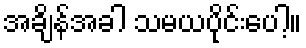
အချိန်အခါ သမယပိုင်းပေါ့။